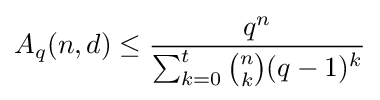
A_{q}(n,d)\leq {\frac {q^{n}}{\begin{matrix}\sum _{k=0}^{t}{\binom {n}{k}}(q-1)^{k}\end{matrix}}}